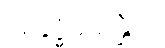
အနုဒ္ဓံသေန္တီတိ